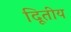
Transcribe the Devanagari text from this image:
दिूतीय